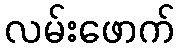
လမ်းဖောက်